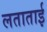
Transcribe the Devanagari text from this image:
लताताई